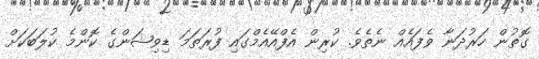
ގޮތުން ހަރުދަނާ ވެފައެއް ނެތެވެ. ކުރިން އެފްއޭއެމްގައި ފުރަތަމަ ޑިވިޝަންގެ ކޮންމެ ކުލަބަކަށް